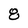
Character: 8